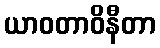
ယာဝတာဝိနီတာ